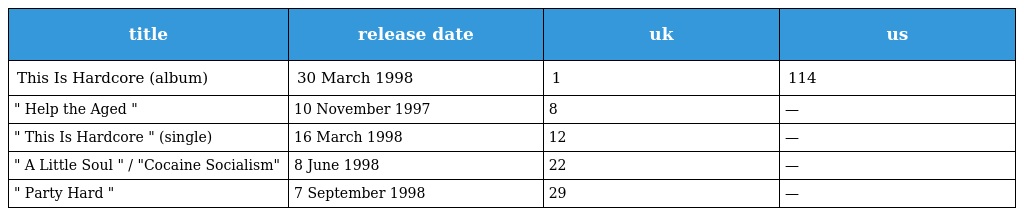
| title | release date | uk | us |
 | --- | --- | --- | --- |
 | This Is Hardcore (album) | 30 March 1998 | 1 | 114 |
 | " Help the Aged " | 10 November 1997 | 8 | — |
 | " This Is Hardcore " (single) | 16 March 1998 | 12 | — |
 | " A Little Soul " / "Cocaine Socialism" | 8 June 1998 | 22 | — |
 | " Party Hard " | 7 September 1998 | 29 | — |